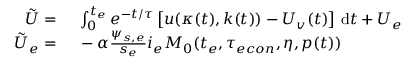
\begin{array} { r l } { \tilde { U } = } & { { } \ \int _ { 0 } ^ { t _ { e } } e ^ { - t / \tau } \left[ u ( \kappa ( t ) , k ( t ) ) - U _ { v } ( t ) \right] \, \mathrm { d } t + U _ { e } } \\ { \tilde { U } _ { e } = } & { { } \ - \alpha \frac { \psi _ { s , e } } { s _ { e } } i _ { e } M _ { 0 } ( t _ { e } , { \tau _ { e c o n } } , \eta , p ( t ) ) } \end{array}